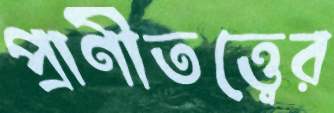
প্রাণীতত্ত্বের